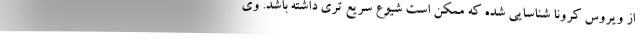
از ویروس کرونا شناسایی شده که ممکن است شیوع سریع تری داشته باشد. وی